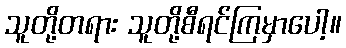
သူတို့တရား သူတို့စီရင်ကြမှာပေါ့။